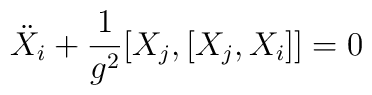
\ddot{X}_i+\frac{1}{g^2}[X_j,[X_j,X_i]]=0